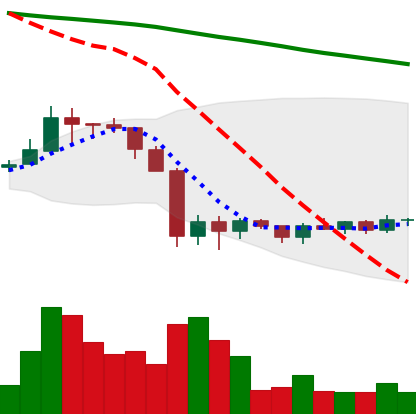
Ticker: ADA-USD
Chart end date: 2019-10-05
Forward return: 4.86%
Label: up_3_5